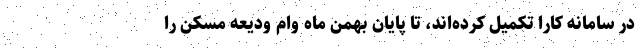
در سامانه کارا تکمیل کرده‌اند، تا پایان بهمن ماه وام ودیعه مسکن را